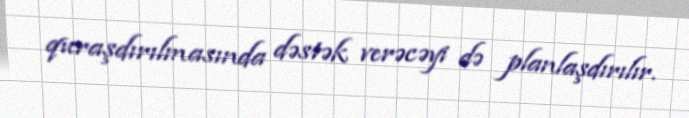
quraşdırılmasında dəstək verəcəyi də planlaşdırılır.